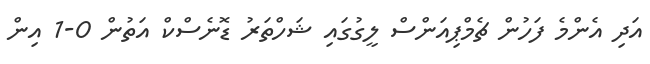
އަދި އެންމެ ފަހުން ޗެމްޕިއަންސް ލީގުގައި ޝަހްތަރު ޑޮނެސްކް އަތުން 0-1 އިން